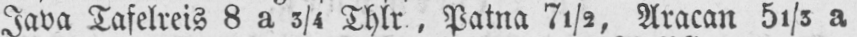
Java Tafelreis 8 a 3/4 Thlr, Patna 7½, Aracan 51/5 a